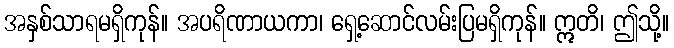
အနှစ်သာရမရှိကုန်။ အပရိဏာယကာ၊ ရှေ့ဆောင်လမ်းပြမရှိကုန်။ ဣတိ၊ ဤသို့။